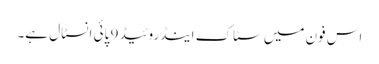
اس فون میں سٹاک اینڈروئیڈ 9 پائی انسٹال ہے۔